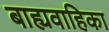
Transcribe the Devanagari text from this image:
बाह्यवाहिका